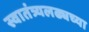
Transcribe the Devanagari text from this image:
स्वातंत्र्यलढ्यच्या